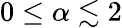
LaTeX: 0\leq\alpha\lesssim 2